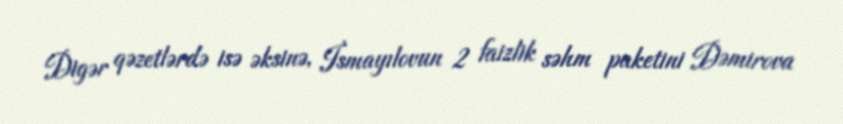
Digər qəzetlərdə isə əksinə, İsmayılovun 2 faizlik səhm paketini Dəmirova